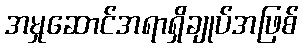
အမှုဆောင်အရာရှိချုပ်အဖြစ်